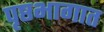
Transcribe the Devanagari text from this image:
पृष्ठभागात